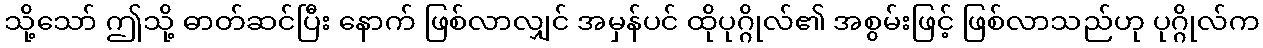
သို့သော် ဤသို့ ဓာတ်ဆင်ပြီး နောက် ဖြစ်လာလျှင် အမှန်ပင် ထိုပုဂ္ဂိုလ်၏ အစွမ်းဖြင့် ဖြစ်လာသည်ဟု ပုဂ္ဂိုလ်က